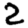
Digit: 2